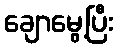
ချောမွေ့ပြီး